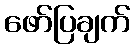
ဖော်ပြချက်